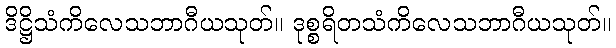
ဒိဋ္ဌိသံကိလေသဘာဂီယသုတ်။ ဒုစ္စရိတသံကိလေသဘာဂီယသုတ်။